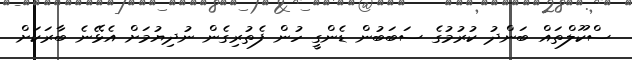
ސްކޫލްތައް ބަންދު ކުރުމުގެ ސަބަބުން ޑެންގީ ހުން ފެތުރިގެން ނުދިޔުމަށް އެޅޭނެ ބާރަކަށް